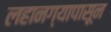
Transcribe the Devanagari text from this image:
लहानग्यापासून